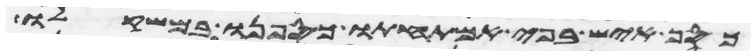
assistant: כסף איש בפי אמתחתו כספנו במשקלו